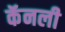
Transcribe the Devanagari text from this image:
कॅनली